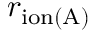
r _ { \mathrm { i o n ( A ) } }